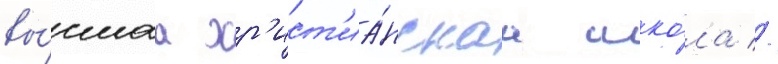
вы́сшаа хр'ист'иа́нскаа шко́ла //